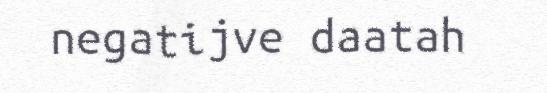
negatijve daatah